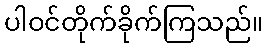
ပါဝင်တိုက်ခိုက်ကြသည်။